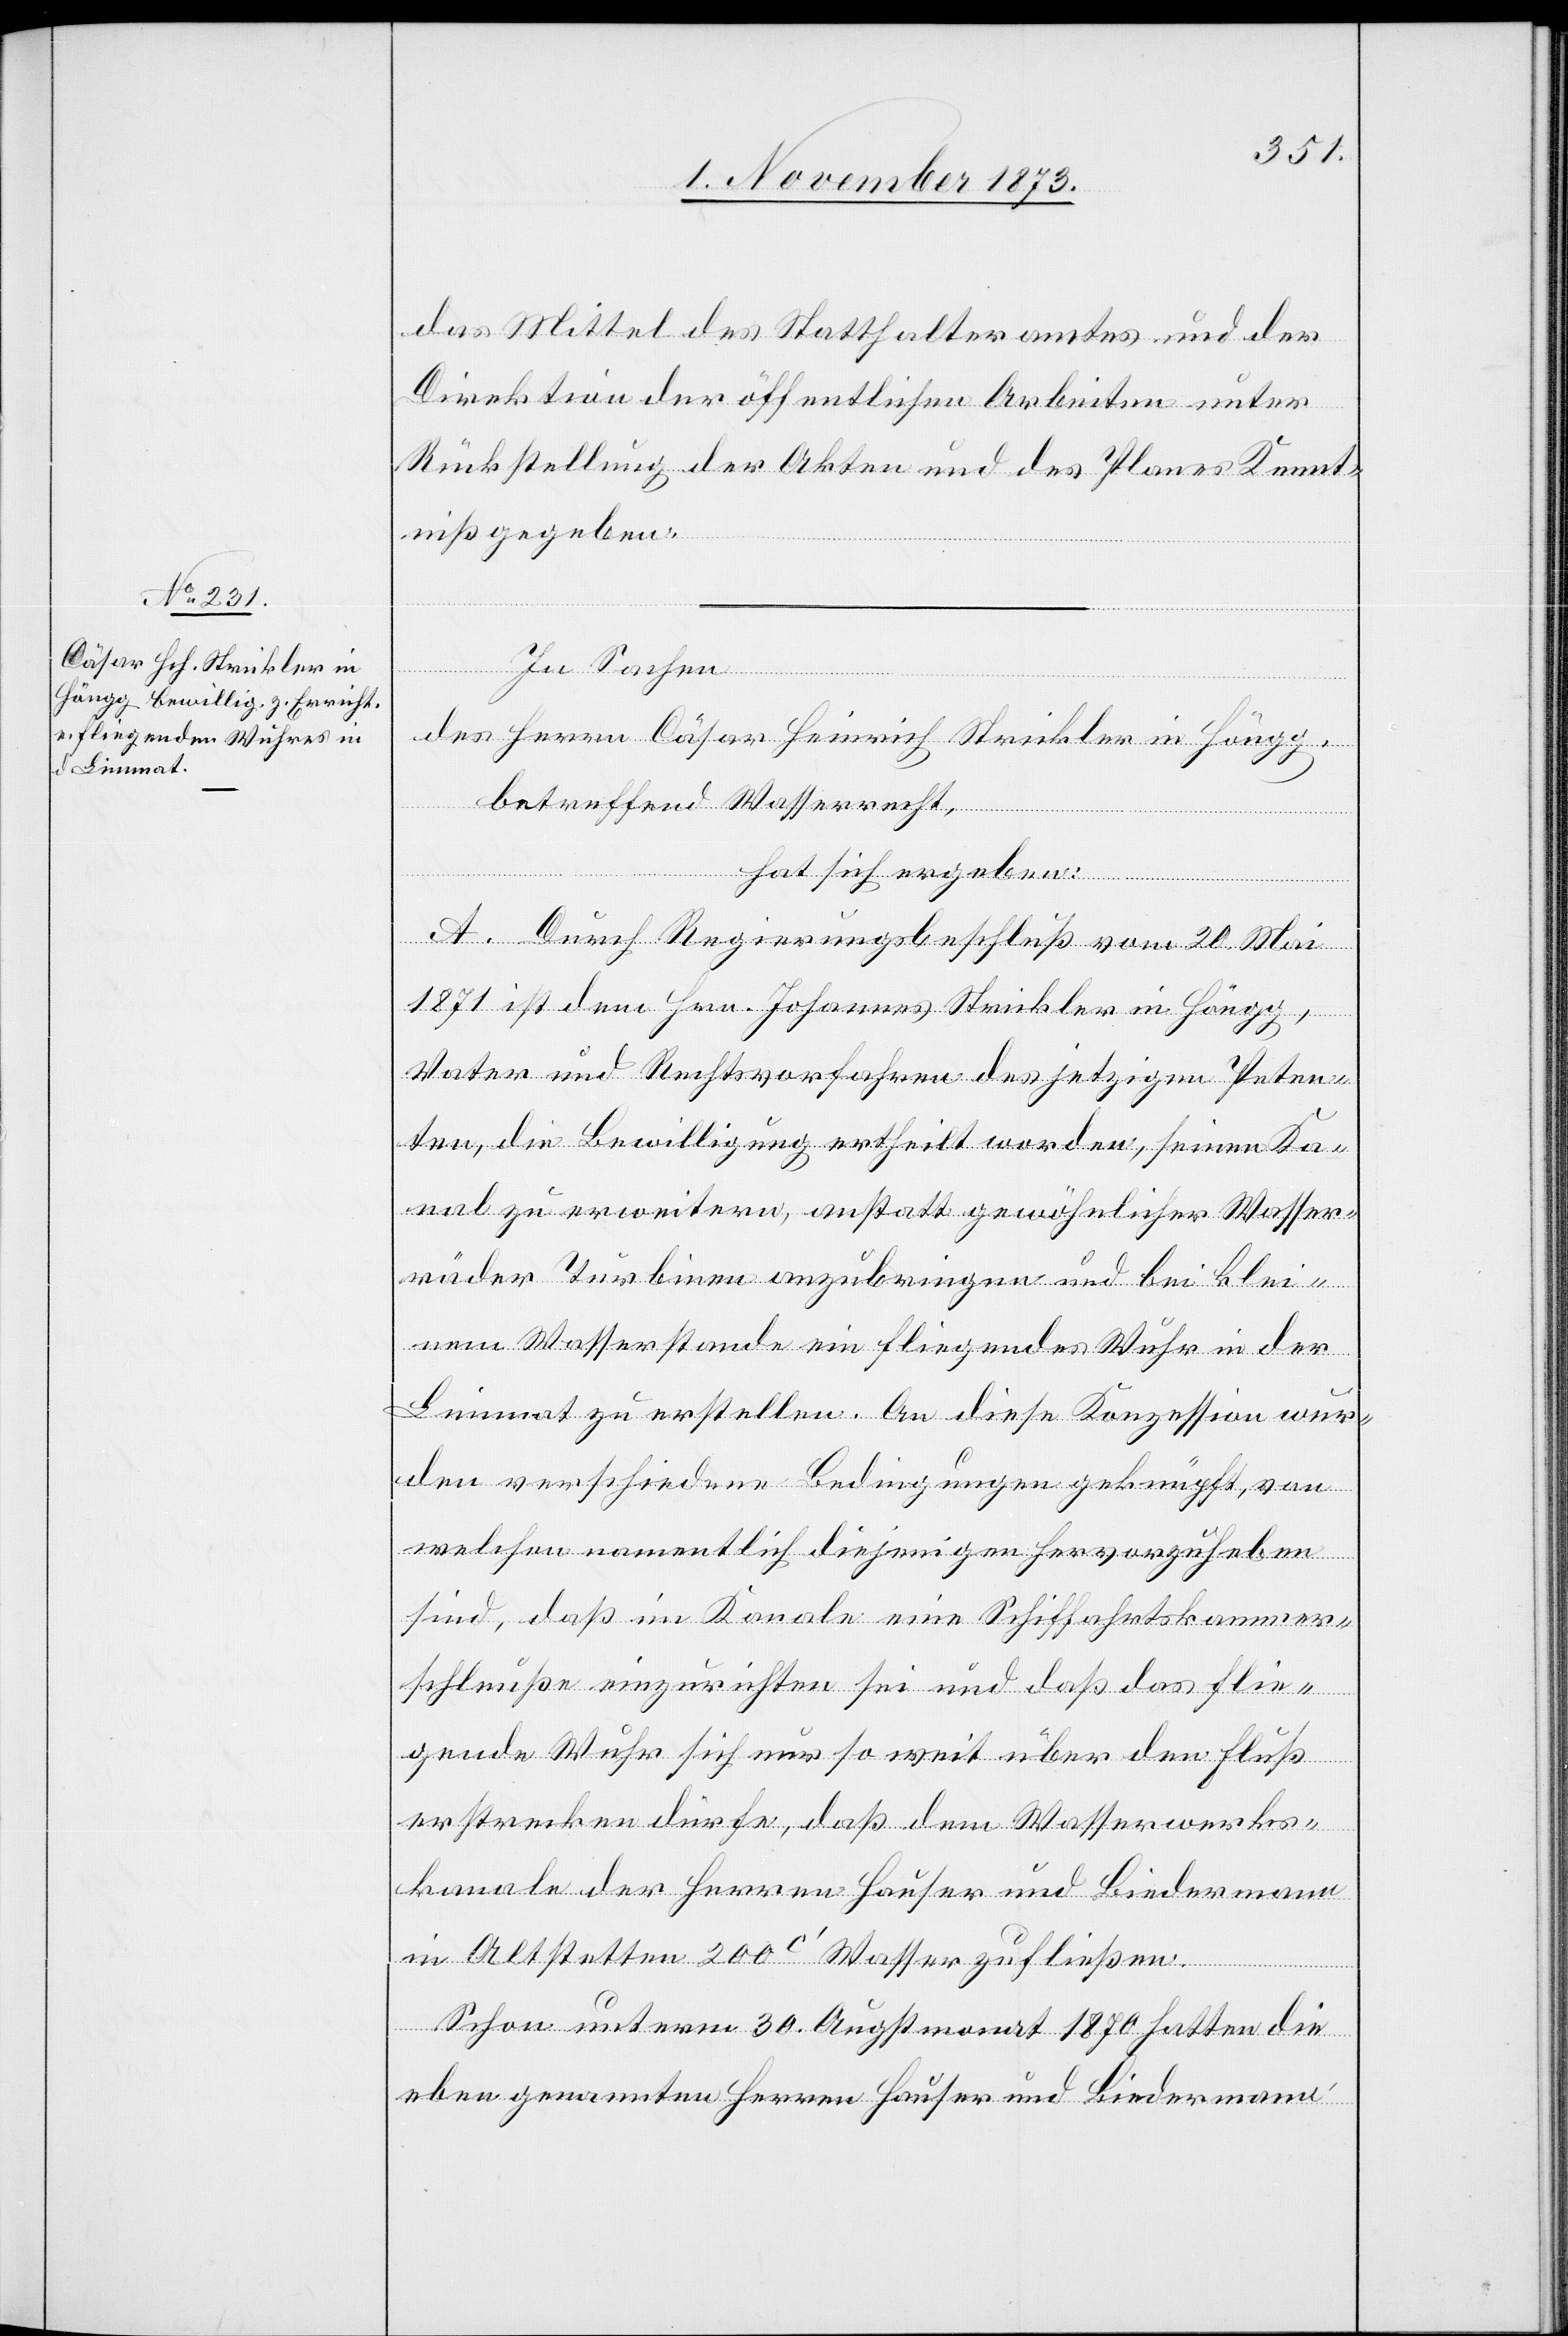
das Mittel des Statthalteramtes und der
Direktion der öffentlichen Arbeiten unter
Rückstellung der Akten und des Planes Kennt¬
niß gegeben.
In Sachen
des Herrn Cäsar Heinrich Strickler in Höng¬
g,
betreffend Wasserrecht,
hat sich ergeben:
A. Durch Regierungsbeschluß vom 20. Mai
1871 ist dem Hrn. Johannes Strickler in Höngg,
Vater und Rechtsvorfahren des jetzigen Peten¬
ten, die Bewilligung ertheilt worden, seinen Ka¬
nal zu erweitern, anstatt gewöhnlicher Wasser¬
räder Turbinen anzubringen und bei klei¬
nem Wasserstande ein fliegendes Wuhr in der
Limmat zu erstellen. An diese Konzession wur¬
den verschiedene Bedingungen geknüpft, von
welchen namentlich diejenigen hervorzuheben
sind, daß im Kanale eine Schiffahrtskammer¬
schleuße einzurichten sei und daß das flie¬
gende Wuhr sich nur so weit über den Fluß
erstrecken dürfe, daß dem Wasserwerks¬
kanale der Herren Hauser und Biedermann
in Altstetten 200c‘ Wasser zufließen.
Schon unterm 30. Augstmonat 1870 hatten die
eben genannten Herren Hauser und Biedermann